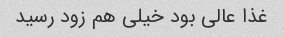
غذا عالی بود خیلی هم زود رسید